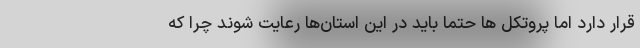
قرار دارد اما پروتکل ها حتما باید در این استان‌ها رعایت شوند چرا که